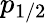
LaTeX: p_{1/2}